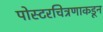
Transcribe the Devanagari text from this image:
पोस्टरचित्रणाकडून